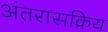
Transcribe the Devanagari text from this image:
अंतरासक्रिय